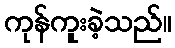
ကုန်ကူးခဲ့သည်။